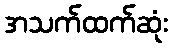
အသက်ထက်ဆုံး